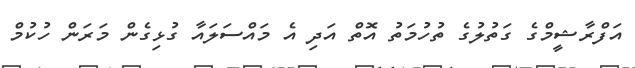
އަފްރާޝީމްގެ ގަތުލުގެ ތުހުމަތު އޮތް އަދި އެ މައްސަލައާ ގުޅިގެން މަރަން ހުކުމް